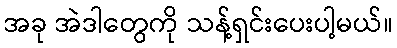
အခု အဲဒါတွေကို သန့်ရှင်းပေးပါ့မယ်။